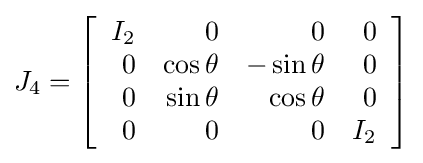
J_{4}=\left[{\begin{array}{rrrr}I_{2}&0&0&0\\0&\cos \theta &-\sin \theta &0\\0&\sin \theta &\cos \theta &0\\0&0&0&I_{2}\end{array}}\right]